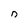
Character: n